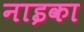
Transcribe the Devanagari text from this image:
नाइका